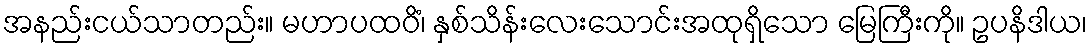
အနည်းငယ်သာတည်း။ မဟာပထဝိံ၊ နှစ်သိန်းလေးသောင်းအထုရှိသော မြေကြီးကို။ ဥပနိဒါယ၊